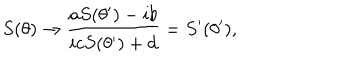
S ( \theta ) \rightarrow \frac { a S ( \theta ^ { \prime } ) - i b } { i c S ( \theta ^ { \prime } ) + d } = S ^ { \prime } ( \theta ^ { \prime } ) ,